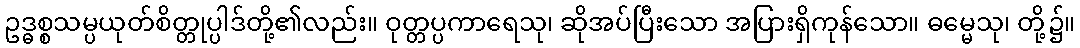
ဥဒ္ဓစ္စသမ္ပယုတ်စိတ္တုပ္ပါဒ်တို့၏လည်း။ ဝုတ္တပ္ပကာရေသု၊ ဆိုအပ်ပြီးသော အပြားရှိကုန်သော။ ဓမ္မေသု၊ တို့၌။